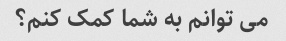
می توانم به شما کمک کنم؟